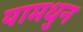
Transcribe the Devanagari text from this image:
यामधुन